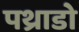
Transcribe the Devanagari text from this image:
पथ्राडो